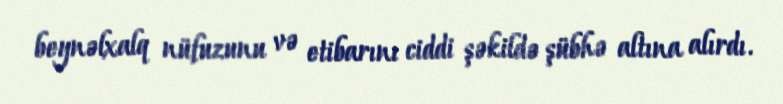
beynəlxalq nüfuzunu və etibarını ciddi şəkildə şübhə altına alırdı.